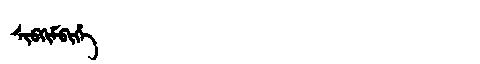
Manchu: ᠰᡳᠪᡴᡳᠮᠪᡳᡥᡝ
Romanization: SIBKIMBIHE